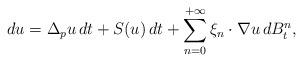
LaTeX: \begin{align*} d u = \Delta_p u \, d t + S(u) \, d t + \sum_{n=0}^{+\infty} \xi_{n} \cdot \nabla u \, d B_t^{n} ,\end{align*}